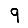
Digit: 9